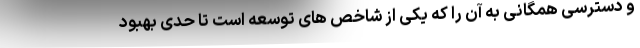
و دسترسی همگانی به آن را که یکی از شاخص های توسعه است تا حدی بهبود